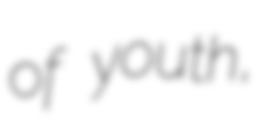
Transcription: of youth,